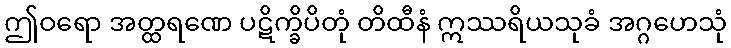
ဤဝရော အတ္ထရဏေ ပဋိက္ခိပိတုံ တိထီနံ ဣဿရိယသုခံ အဂ္ဂဟေသုံ